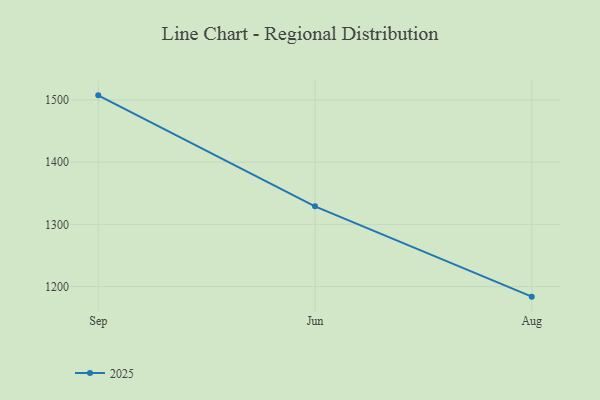
{"axis": {"x": "Month", "y": "Conversion Rate (%)"}, "legend": ["2025"], "data": [{"x": "Sep", "y": 1507.3, "type": "2025"}, {"x": "Jun", "y": 1329.0, "type": "2025"}, {"x": "Aug", "y": 1183.8, "type": "2025"}]}